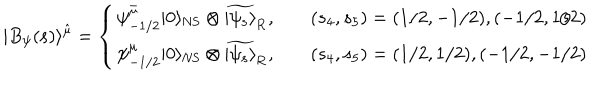
| B _ { \psi } ( { \bf s } ) \rangle ^ { \hat { \mu } } = \left\{ \begin{array} { l l } { { \psi _ { - 1 / 2 } ^ { \bar { \mu } } | 0 \rangle _ { \mathrm { N S } } \otimes \widetilde { | \psi _ { \bf s } \rangle } _ { \mathrm { R } } , } } & { { \quad ( s _ { 4 } , s _ { 5 } ) = ( 1 / 2 , - 1 / 2 ) , ( - 1 / 2 , 1 / 2 ) } } \\ { { \psi _ { - 1 / 2 } ^ { \mu } | 0 \rangle _ { \mathrm { N S } } \otimes \widetilde { | \psi _ { \bf s } \rangle } _ { \mathrm { R } } , } } & { { \quad ( s _ { 4 } , s _ { 5 } ) = ( 1 / 2 , 1 / 2 ) , ( - 1 / 2 , - 1 / 2 ) } } \\ \end{array} \right.